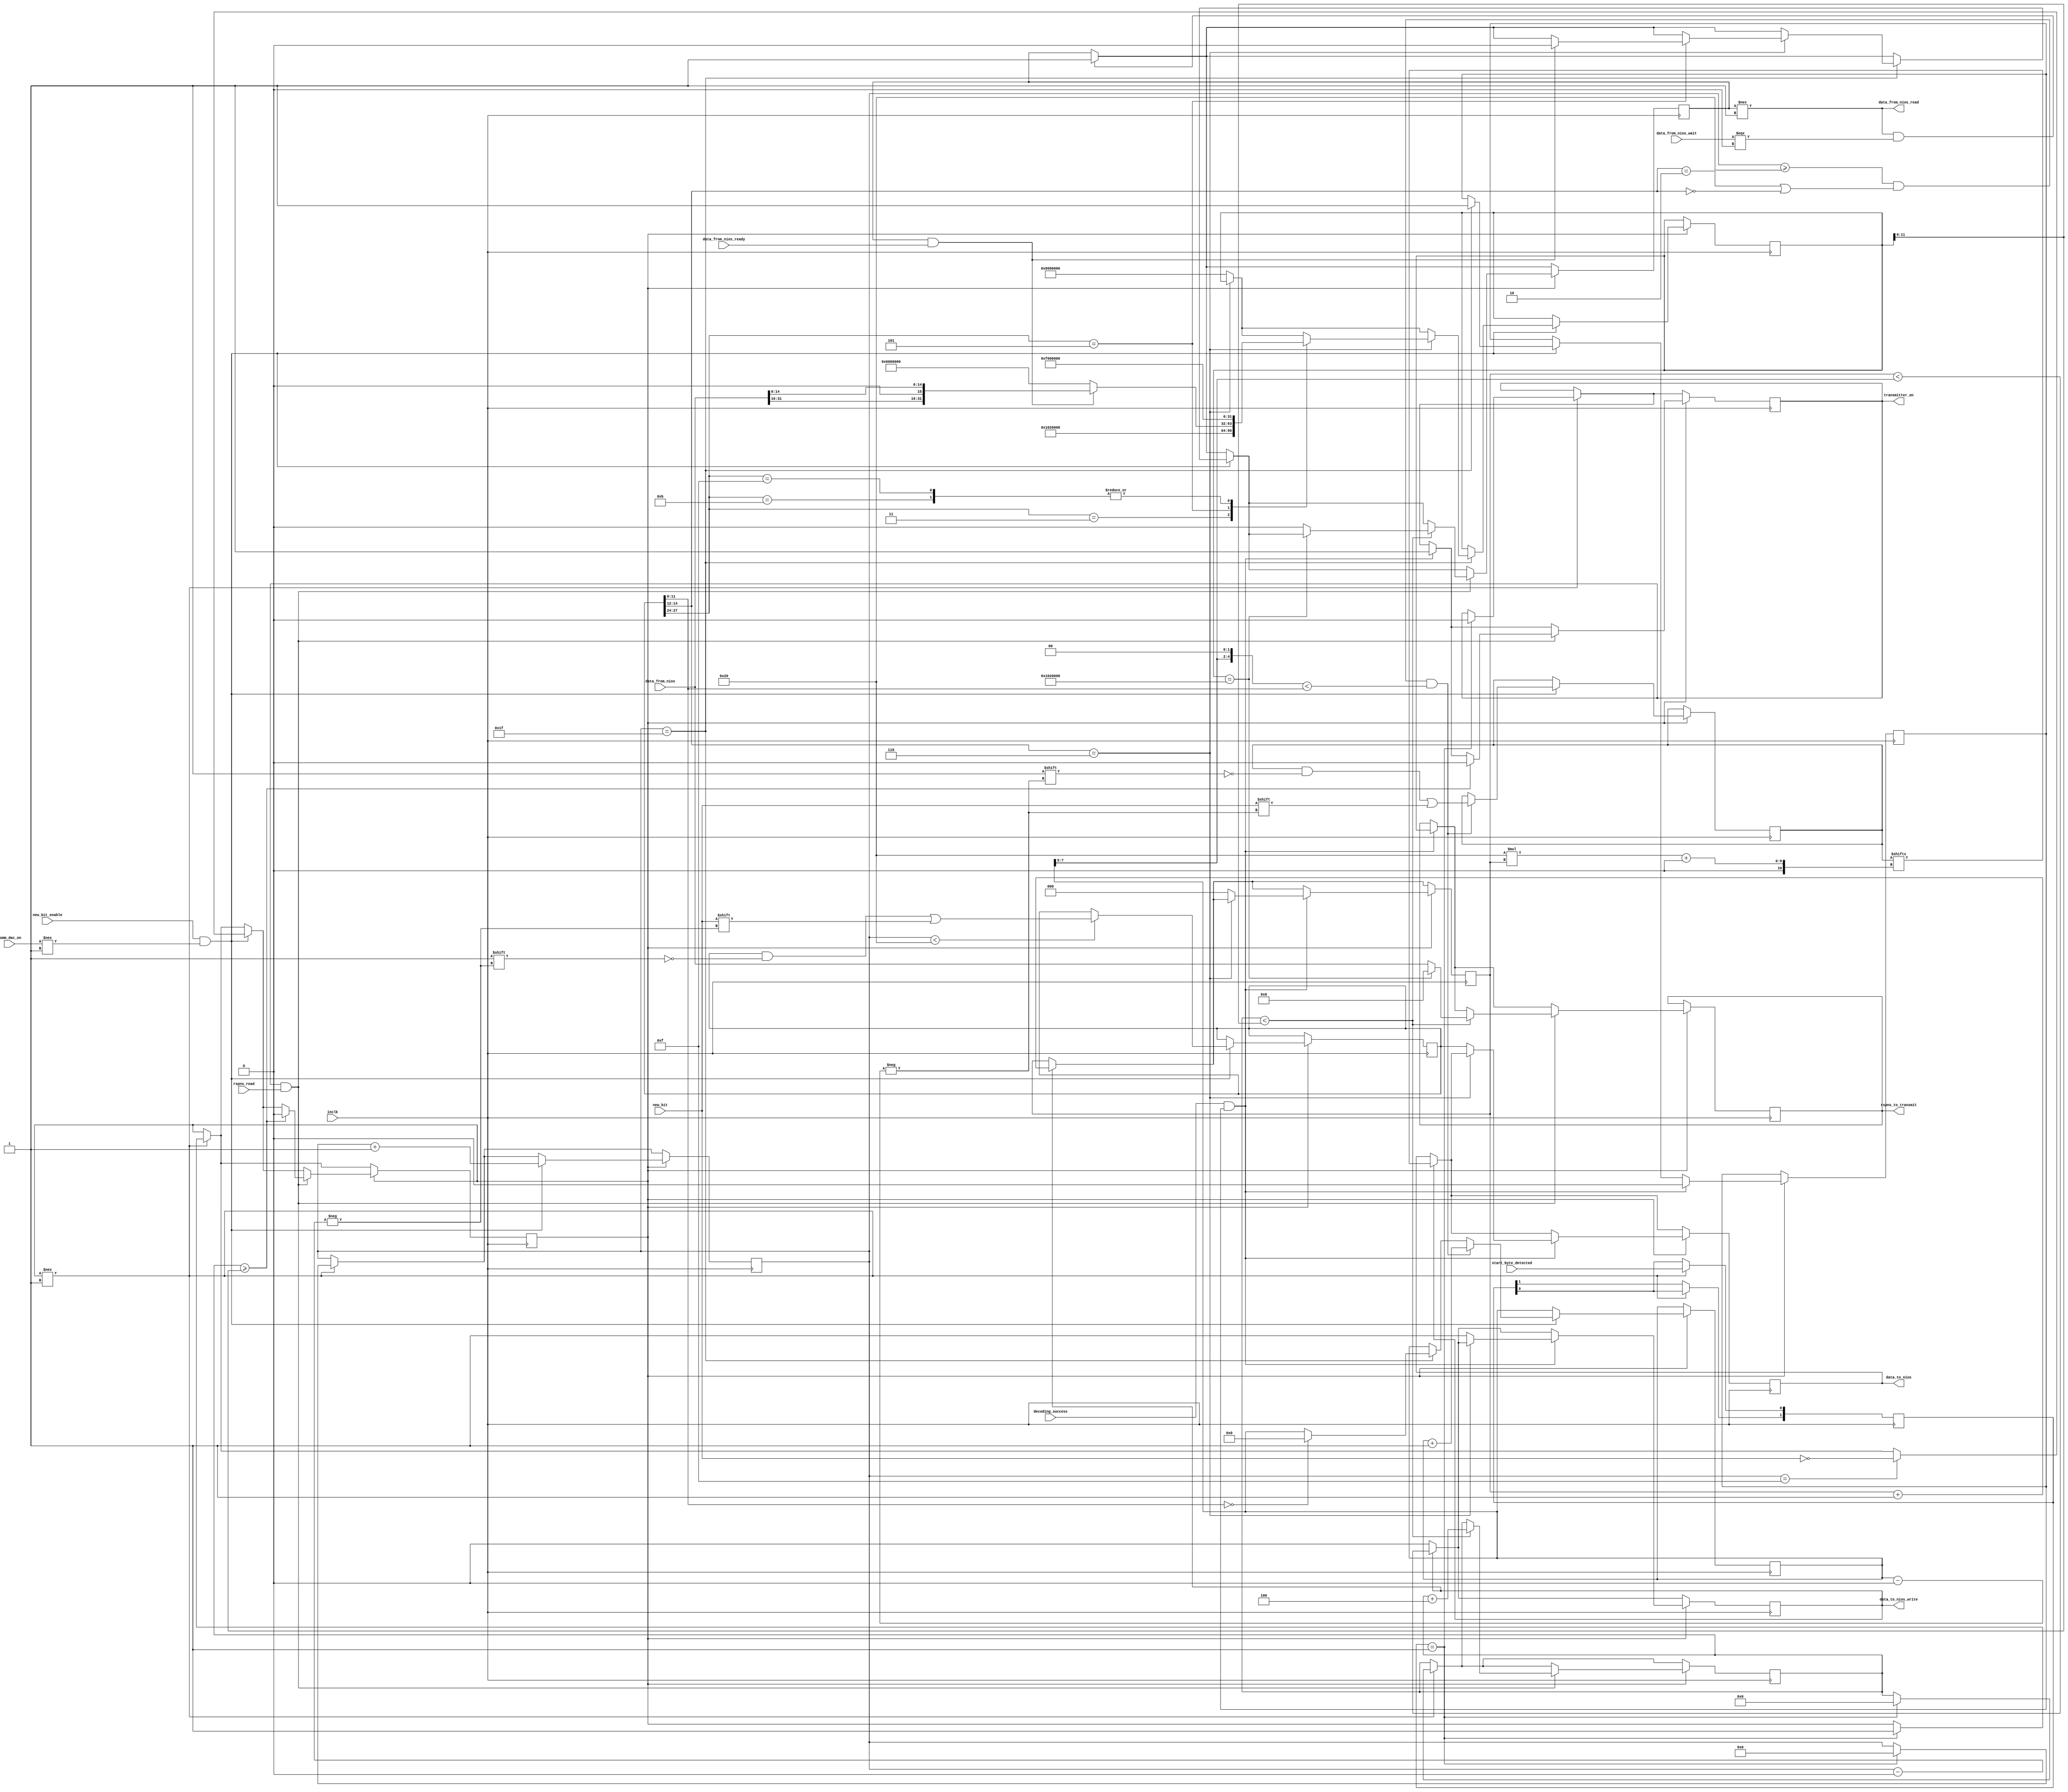
//Take decoded packets from comm_receiver, bit by bit in real time. Look at packet, prepare appropriate reponse packet. If the packet is not of type DOR control, write the packet header and any following data to niosInbuff upon successful decoding.
//Monitor buffer from Nios. If not empty, read it in, send a data packet on the next opportunity.
//Most of the time, the packet will be DOR Control: data read request. The default response to that packet will be DOR Control: data read request acknowledge, no data.
//ty@wisc.edu
//Last update: Jan 04, 2018

`timescale 1ns / 100ps

module comm_process(
					input            comm_dac_on,
					input            inclk,
					input            new_bit_enable,
					input            new_bit,
					input            start_byte_detected,
					input            decoding_success,
					output reg[31:0] data_to_nios,
					output reg       data_to_nios_write,
					input            data_from_nios_ready,
					input     [31:0] data_from_nios,
					output           data_from_nios_read,
					input            data_from_nios_wait,
					output           transmitter_on,
					input            rspns_read,	//(has been "red")
					output reg[31:0] rspns_to_transmit
					);
					
	//---Parameters and Constants---------------------------------------------------------------------
	
	//Packet type
	localparam[2:0] data        = 3'b000;
	localparam[2:0] ack         = 3'b001;
	localparam[2:0] data_end    = 3'b010;
	localparam[2:0] control     = 3'b011;
	localparam[2:0] init_conn   = 3'b100;
	localparam[2:0] conn_intd   = 3'b101;
	localparam[2:0] dor_control = 3'b110;
	//localparam[2:0] (not_used)  = 3'b111;
	
	//DOR Control message Types
	//localparam[3:0] (not_used)           = 3'b0001;
	//localparam[3:0] not_used             = 3'b0010;
	localparam[3:0] dom_id_req           = 4'b0011;
	//localparam[3:0] (not_used)           = 3'b0100;
	localparam[3:0] data_read_req        = 4'b0101;
	localparam[3:0] data_req_ack_no_data = 4'b0110;
	localparam[3:0] dom_reboot           = 4'b0111;
	localparam[3:0] more_rx_buff         = 4'b1000;
	localparam[3:0] no_more_rx_buff      = 4'b1001;
	localparam[3:0] crc_error            = 4'b1010;
	localparam[3:0] comm_chan_reset      = 4'b1011;
	localparam[3:0] dom_rx_buf_stat_req  = 4'b1100;
	localparam[3:0] dom_softboot         = 4'b1101;
	localparam[3:0] tcal                 = 4'b1110;
	localparam[3:0] idle                 = 4'b1111;
	
	//---End of parameters and Constants--------------------------------------------------------------
	
	reg my_dom_type = 0;		//0 is type B. 1 is type A.
	
	//map of packet header
	reg[31:0] packet_header;
	wire[11: 0] packet_len    = packet_header[11: 0];
	wire[ 2: 0] packet_type   = packet_header[14:12];
	//wire        packet_chan   = packet_header[15];		//0 is for DOM B. 1 is for DOM A.
	//wire[15: 0] packet_seqn   = packet_header[31:16];
	wire[ 3: 0] pkt_dorcntrl  = packet_header[27:24];
	//wire        pkt_boot_stat = packet_header[28];
	//wire[ 1: 0] pkt_sgnl_req  = packet_header[31:30];
	wire data_packet = (packet_type == data_end) || (packet_type == data);
	
	//for reading in new_bit
	reg       processing;
	reg[ 1:0] start_byte_det_mon;
	reg[15:0] new_bit_num;
	
	//for nios data control
	reg [255:0] databuffer;
	reg   [7:0] num_bits_buffd;
	wire  [2:0] num_words_buffd = num_bits_buffd[7:5];
	wire  [4:0] num_bytes_buffd = {num_words_buffd,2'b0};	//num_words_buffd*4
	reg   [2:0] num_words_sent;
	reg         data_from_nios_acqd;
	assign data_from_nios_read = (data_from_nios_acqd !== 1);

	//response headers
	reg        boot_state = 0;		//0 is Configboot
	reg [ 1:0] signal_req = 2'b00;  //(2'b10 : "Up")
	reg [31:0] rspns_header;
	wire[11:0] rspns_data_len  = rspns_header[11:0];
	wire       pkt_is_dorcntrl = (packet_type == dor_control);
	wire[31:0] msg_recv_header = {signal_req, 1'b0, boot_state, more_rx_buff, 8'b00000000, my_dom_type, dor_control, 12'b000000000000};
	wire[31:0] dom_id_header   = {16'b0000000100000010, my_dom_type, data, 12'b000000001000};	//data length: 8 bytes
	wire[31:0] idle_header     = {signal_req, 1'b0, boot_state, idle, 8'b00000000, my_dom_type, dor_control, 12'b000000000000};
	wire[31:0] no_data_header  = {signal_req, 1'b0, boot_state, data_req_ack_no_data, 8'b00000000, my_dom_type, dor_control, 12'b000000000000};
	
	//comm_transmitter control
	reg       rspns_header_ready;
	reg       responding;
	reg[11:0] num_words_trsmttd;
	assign transmitter_on = responding; //Turns on comm_transmitter when responding
	
	always@(posedge inclk)
	begin
	
		//reading from nios buffer
		if(data_from_nios_read && (data_from_nios_wait === 0)) data_from_nios_acqd <= 1;
		
		//writing to nios buffer
		if(data_to_nios_write) begin
			data_to_nios       <= databuffer[32*num_words_sent +:32];
			num_words_sent     <= num_words_sent + 1'b1;
			data_to_nios_write <= (num_words_sent < num_words_buffd); end
	
		//processing state machine
		if(processing !== 1) begin
			start_byte_det_mon    <= start_byte_det_mon << 1;
			start_byte_det_mon[0] <= start_byte_detected;
			if(start_byte_det_mon == 2'b01) begin
				processing        <= 1;
				new_bit_num       <= 0;
				num_words_trsmttd <= 0;
				responding        <= 0;
			end
		end
		if(processing) begin
			if(new_bit_enable && (comm_dac_on !== 1)) begin
				new_bit_num <= new_bit_num + 1'b1;
				if(new_bit_num < 32) packet_header[new_bit_num] <= new_bit;		//Record the first 32 bits to packet_header[31:0]
				if(new_bit_num == 15) processing <= (my_dom_type == new_bit);	//Go back to Idle if the packet is not intended for this DOM
				if(new_bit_num == 31) begin
					if(packet_len == 12'b0) num_bits_buffd <= 0;
					if(!pkt_is_dorcntrl) rspns_header <= msg_recv_header;
					if( pkt_is_dorcntrl)
						case(pkt_dorcntrl)
						dom_id_req     :rspns_header <= dom_id_header;
						data_read_req  :if(data_from_nios_acqd && data_from_nios_ready) begin
											rspns_header        <= {data_from_nios[31:16], my_dom_type, data_from_nios[14:0]};
											data_from_nios_acqd <= 0; end
										else rspns_header <= no_data_header;
						comm_chan_reset:rspns_header <= idle_header;
						idle           :rspns_header <= idle_header; endcase
					rspns_header_ready <= 1; end
				if(new_bit_num >= 32 && data_packet && num_bytes_buffd < packet_len) begin			//If processing a data packet, write to data buffer
					databuffer[num_bits_buffd] <= new_bit;							//Start writing at bit 33th
					           num_bits_buffd  <= num_bits_buffd + 1'b1; end end	//Stop when number of bytes written equals or exceeds packet_header[11: 0]
			if(decoding_success && rspns_header_ready) begin
			    rspns_to_transmit  <= rspns_header;
				rspns_header_ready <= 0;
				responding         <= 1;
				if(!pkt_is_dorcntrl) begin
					data_to_nios       <= packet_header;
					num_words_sent     <= 0;
					data_to_nios_write <= 1; end end
			if(responding && rspns_read) begin					//Handle "read" signal from comm_transmitter
				if(num_words_trsmttd >= rspns_data_len) begin
					responding <= 0;			//Turn off transmitter
					processing <= 0; end		//Stop processing, go back to Idle
				if(num_words_trsmttd < rspns_data_len) begin
					if(rspns_header == dom_id_header) rspns_to_transmit <= 32'b0;
					else begin
						data_from_nios_acqd <= 0;
						rspns_to_transmit   <= data_from_nios; end
					num_words_trsmttd <= num_words_trsmttd + 3'b100; end end
			//---------------------------------------------------------------------------	
		end
	end
	
endmodule